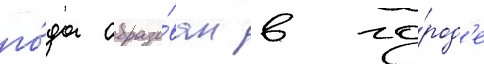
го́да образо́ван в го́род'е